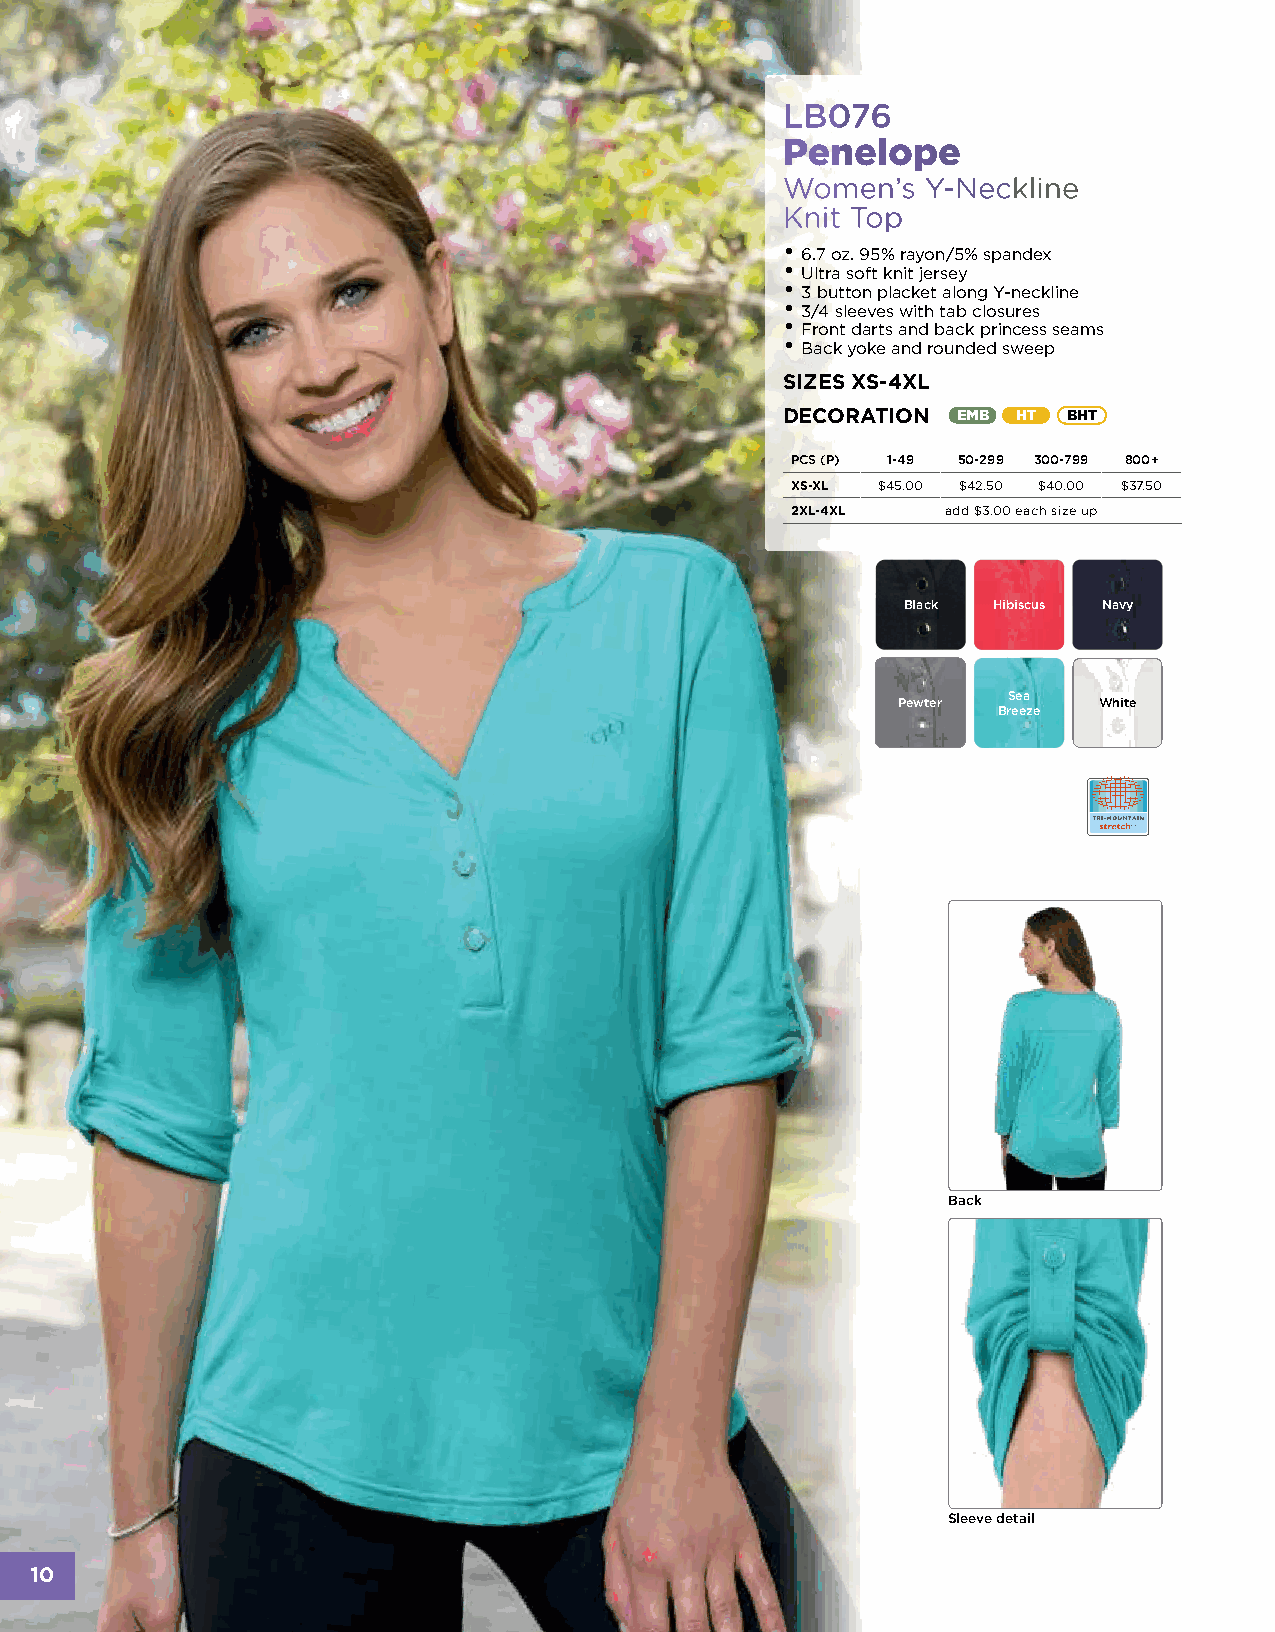
LB076
 Penelope
 Women’s  Y-Neckline
 Knit Top
 •
 6.7 oz. 95% rayon/5% spandex
 •
 Ultra soft knit jersey
 •
 3 button placket along Y-neckline
 •
 3/4 sleeves with tab closures
 •
 Front darts and back princess seams
 •
 Back yoke and rounded sweep
 SIZES XS-4XL
 DECORATION EMB HT  BHT
 PCS (P) 1-49 50-299 300-799 800+
 XS-XL $45.00 $42.50 $40.00 $37.50
 2XL-4XL    add $3.00 each size up
 Black Hibiscus Navy
 Sea
 Pewter        White
 Breeze
 Back
 Sleeve detail
 10